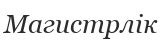
Магистрлік